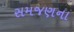
સમજણના